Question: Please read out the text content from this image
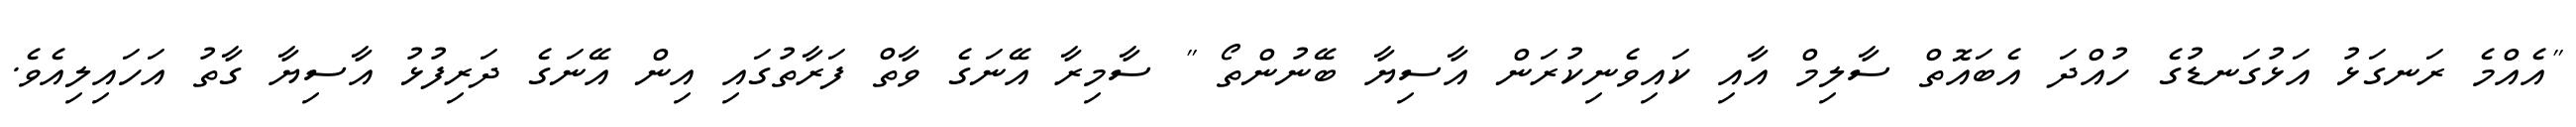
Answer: "އެއްމެ ރަނގަޅު އަޅުގަނޑުގެ ހުއްދަ އެބައޮތް ސާލިމް އާއި ކައިވެނިކުރަން އާސިޔާ ބޭނުންތޯ " ސާމިރާ އޭނަގެ ވާތް ފަރާތުގައި އިން އޭނަގެ ދަރިފުޅު އާސިޔާ ގާތު އަހައިލިއެވެ.